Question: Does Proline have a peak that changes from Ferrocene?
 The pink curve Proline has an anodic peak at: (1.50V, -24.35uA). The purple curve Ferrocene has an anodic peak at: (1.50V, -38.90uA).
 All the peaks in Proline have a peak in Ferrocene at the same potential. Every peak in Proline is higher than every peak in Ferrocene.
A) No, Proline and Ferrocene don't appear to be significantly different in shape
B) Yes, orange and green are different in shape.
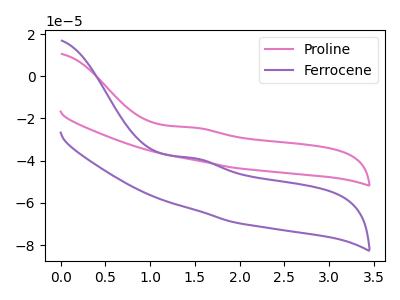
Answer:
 <answer>A) No, "Proline" and "Ferrocene" don't appear to be significantly different in shape</answer>
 <eval>A</eval>